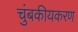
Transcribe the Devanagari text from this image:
चुंबकीयकरण